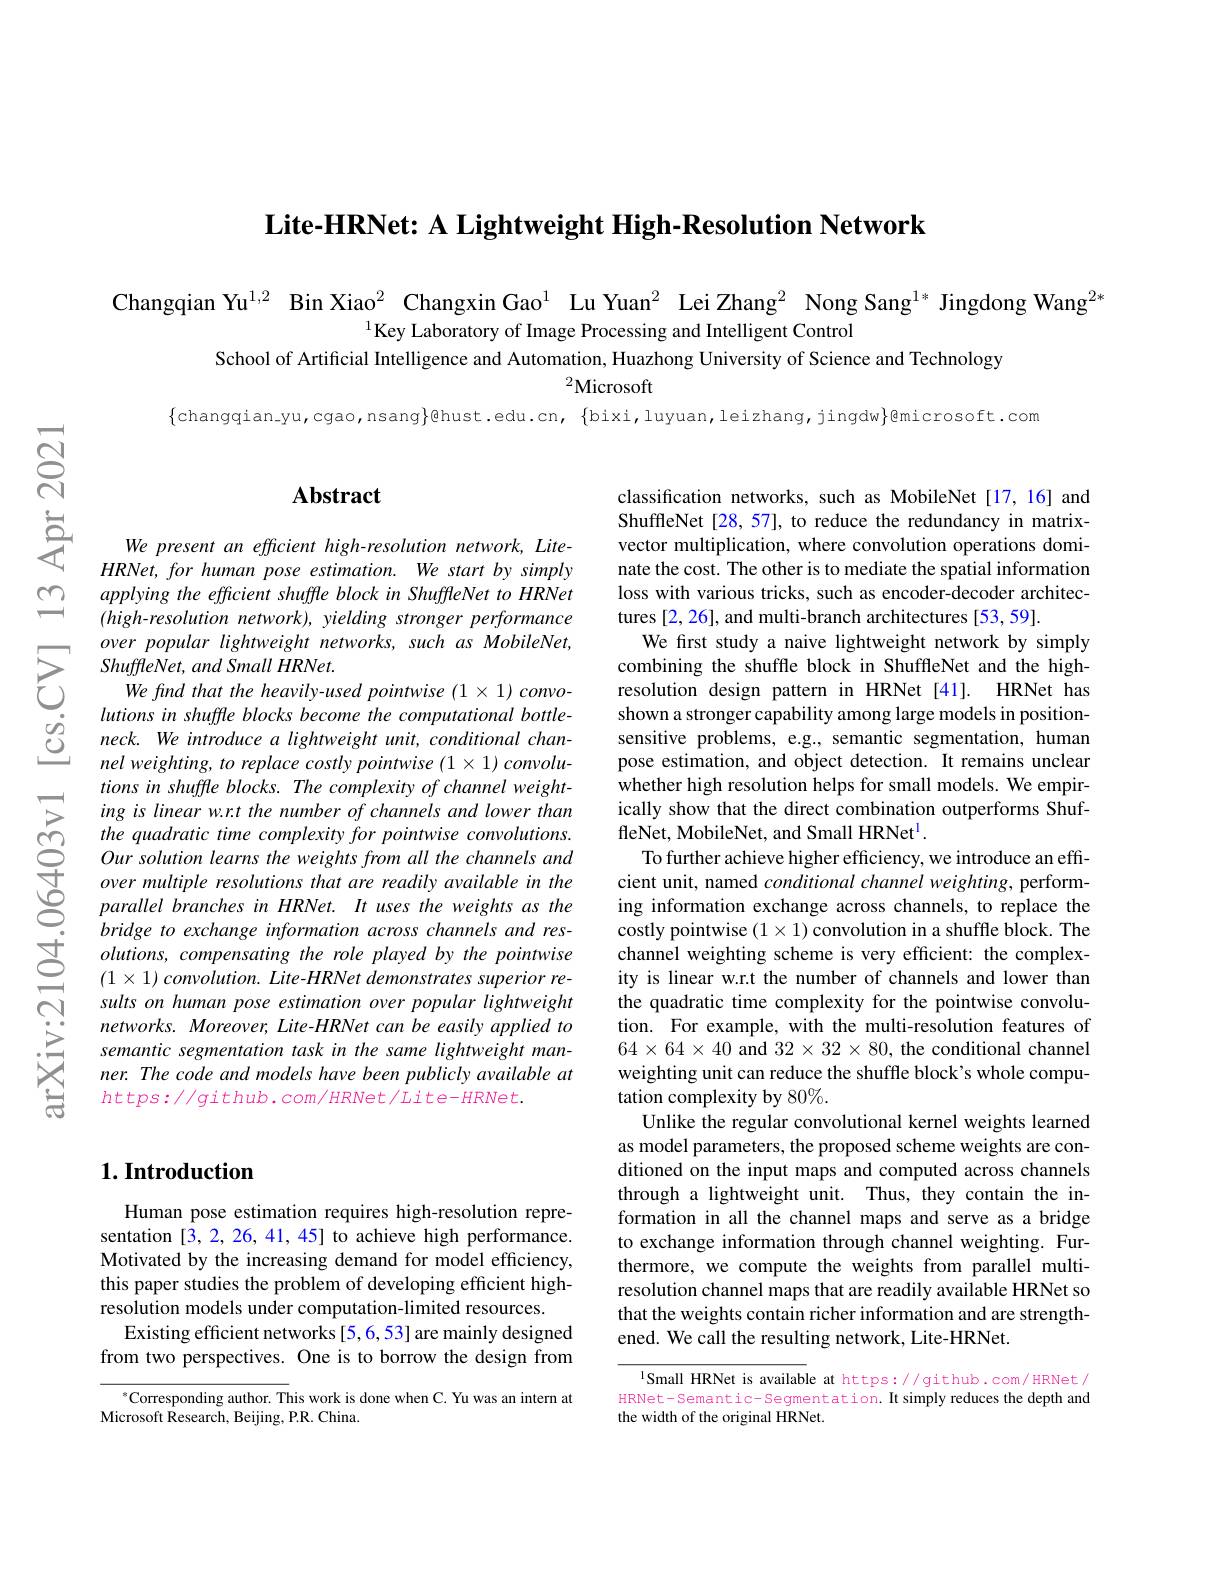
Lite-HRNet: A Lightweight High-Resolution Network

Changqian Yu$^{1,2}$ Bin Xiao$^{2}$ Changxin Gao$^{1}$ Lu Yuan$^{2}$ Lei Zhang$^{2}$ Nong Sang$^{1*}$ Jingdong Wang$^{2*}$
$^{1}$Key Laboratory of Image Processing and Intelligent Control
School of Artificial Intelligence and Automation, Huazhong University of Science and Technology
${}^{2}{\mathrm{Microsoft}}$

$\{$changqian\_yu,cgao,nsang$\}$@hust.edu.cn, $\{$bixi,luyuan,leizhang,jingdw$\}$@microsoft.com

## Abstract

We present an efficient high-resolution network, LiteHRNet, for human pose estimation. We start by simply applying the efficient shuffle block in ShuffleNet to HRNet (high-resolution network), yielding stronger performance over popular lightweight networks, such as MobileNet, ShuffleNet, and Small HRNet.
We find that the heavily-used pointwise (1×1) convo-
$\begin{array}{lll}&lutions\:in\:shuffle\:blocks\:become\:the\:computational\:bottle-\\\hline C&neck.\:We\:introduce\:a\:lightweight\:unit,\:conditional\:chan-1\\&nel\:weighting,\:to\:replace\:costly\:pointwise\:(1\times1)\:convolu-\end{array}$
tions in shuffle blocks. The complexity of channel weighting is linear w.r.t the number of channels and lower than the quadratic time complexity for pointwise convolutions. Our solution learns the weights from all the channels and over multiple resolutions that are readily available in the parallel branches in HRNet. It uses the weights as the bridge to exchange information across channels and resolutions, compensating the role played by the pointwise $( 1\times 1) \textit{convolution. Lite- HRNet demonstrates superior re- }$ sults on human pose estimation over popular lightweight networks. Moreover, Lite-HRNet can be easily applied to semantic segmentation task in the same lightweight manner. The code and models have been publicly available at $https://github.com/HRNet/Lite-HRNet.$

classification networks, such as MobileNet [17,16] and ShuffleNet [28,57], to reduce the redundancy in matrixvector multiplication, where convolution operations dominate the cost. The other is to mediate the spatial information loss with various tricks, such as encoder-decoder architectures [2,26], and multi-branch architectures [53,59].
We first study a naive lightweight network by simply combining the shuffle block in ShuffleNet and the highresolution design pattern in HRNet [41]. HRNet has shown a stronger capability among large models in positionsensitive problems, e.g., semantic segmentation, human pose estimation, and object detection. It remains unclear $\hat{\text{whether high resolution helps for small models. We empir-}}$ ically show that the direct combination outperforms ShuffleNet, MobileNet, and Small HRNet$^{\mathrm{l}}.$
To further achieve higher efficiency, we introduce an efficient unit, named conditional channel weighting, performing information exchange across channels, to replace the costly pointwise $(1\times1)$ convolution in a shuffle block. The channel weighting scheme is very efficient: the complexity is linear w.r.t the number of channels and lower than the quadratic time complexity for the pointwise convolution. For example, with the multi-resolution features of $64\times64\times40$ and $32\times32\times80$, the conditional channel weighting unit can reduce the shuffle block's whole computation complexity by 80%.
Unlike the regular convolutional kernel weights learned as model parameters, the proposed scheme weights are conditioned on the input maps and computed across channels through a lightweight unit. Thus, they contain the information in all the channel maps and serve as a bridge to exchange information through channel weighting. Furthermore, we compute the weights from parallel multiresolution channel maps that are readily available HRNet so that the weights contain richer information and are strengthened. We call the resulting network, Lite-HRNet.
l Small HRNet is available at https://github.com/HRNet/

HRNet-Semantic-Segmentation. It simply reduces the depth and
the width of the original HRNet.

## $1. \textbf{Introduction}$

Human pose estimation requires high-resolution representation [3,2,26,41,45] to achieve high performance. Motivated by the increasing demand for model efficiency, this paper studies the problem of developing efficient highresolution models under computation-limited resources.
Existing efficient networks [5,6,53] are mainly designed from two perspectives. One is to borrow the design from

$^{*}$Corresponding author. This work is done when C. Yu was an intern at
Microsoft Research, Beijing, P.R. China.